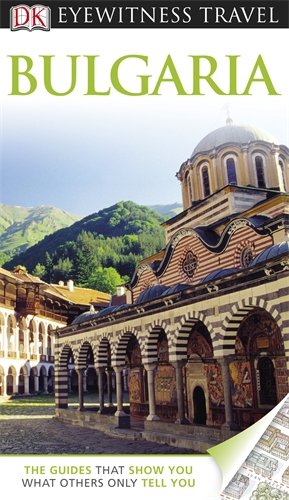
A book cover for Bulgaria (DK Eyewitness Travel Guide); Matt Willis; Travel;